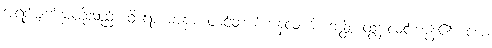
အရပ်မျက်နှာတို့သည်။ ဝိရောစမာနာ၊ တင့်တယ်ကုန်လျက်။ ဘန္တိ၊ ထွန်းလင်းကုန်၏။ ယေ